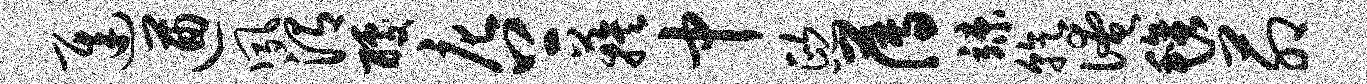
迟遒夙渭醵庀上蔟中熙薄竦乾淹毡茆